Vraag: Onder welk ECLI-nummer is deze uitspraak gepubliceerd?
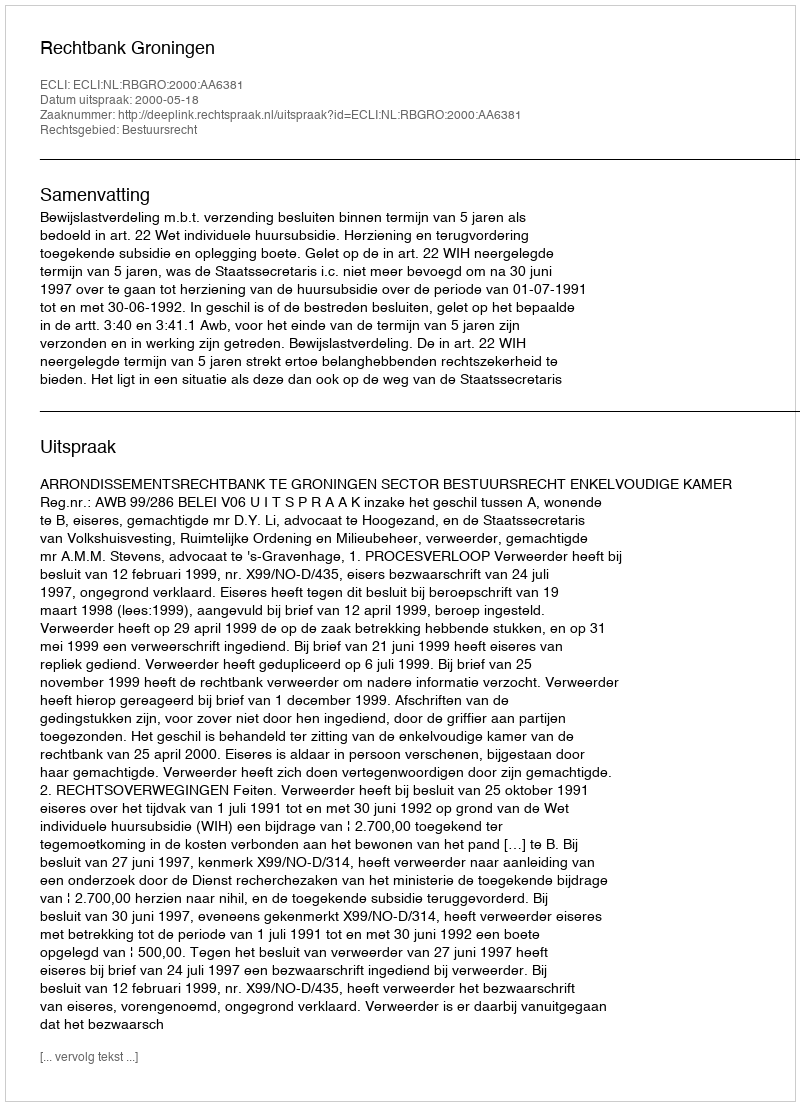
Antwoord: ECLI:NL:RBGRO:2000:AA6381